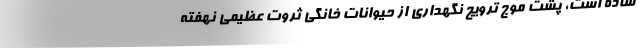
ساده است، پشت موج ترویج نگهداری از حیوانات خانگی ثروت عظیمی نهفته